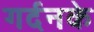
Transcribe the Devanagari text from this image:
गर्दनके